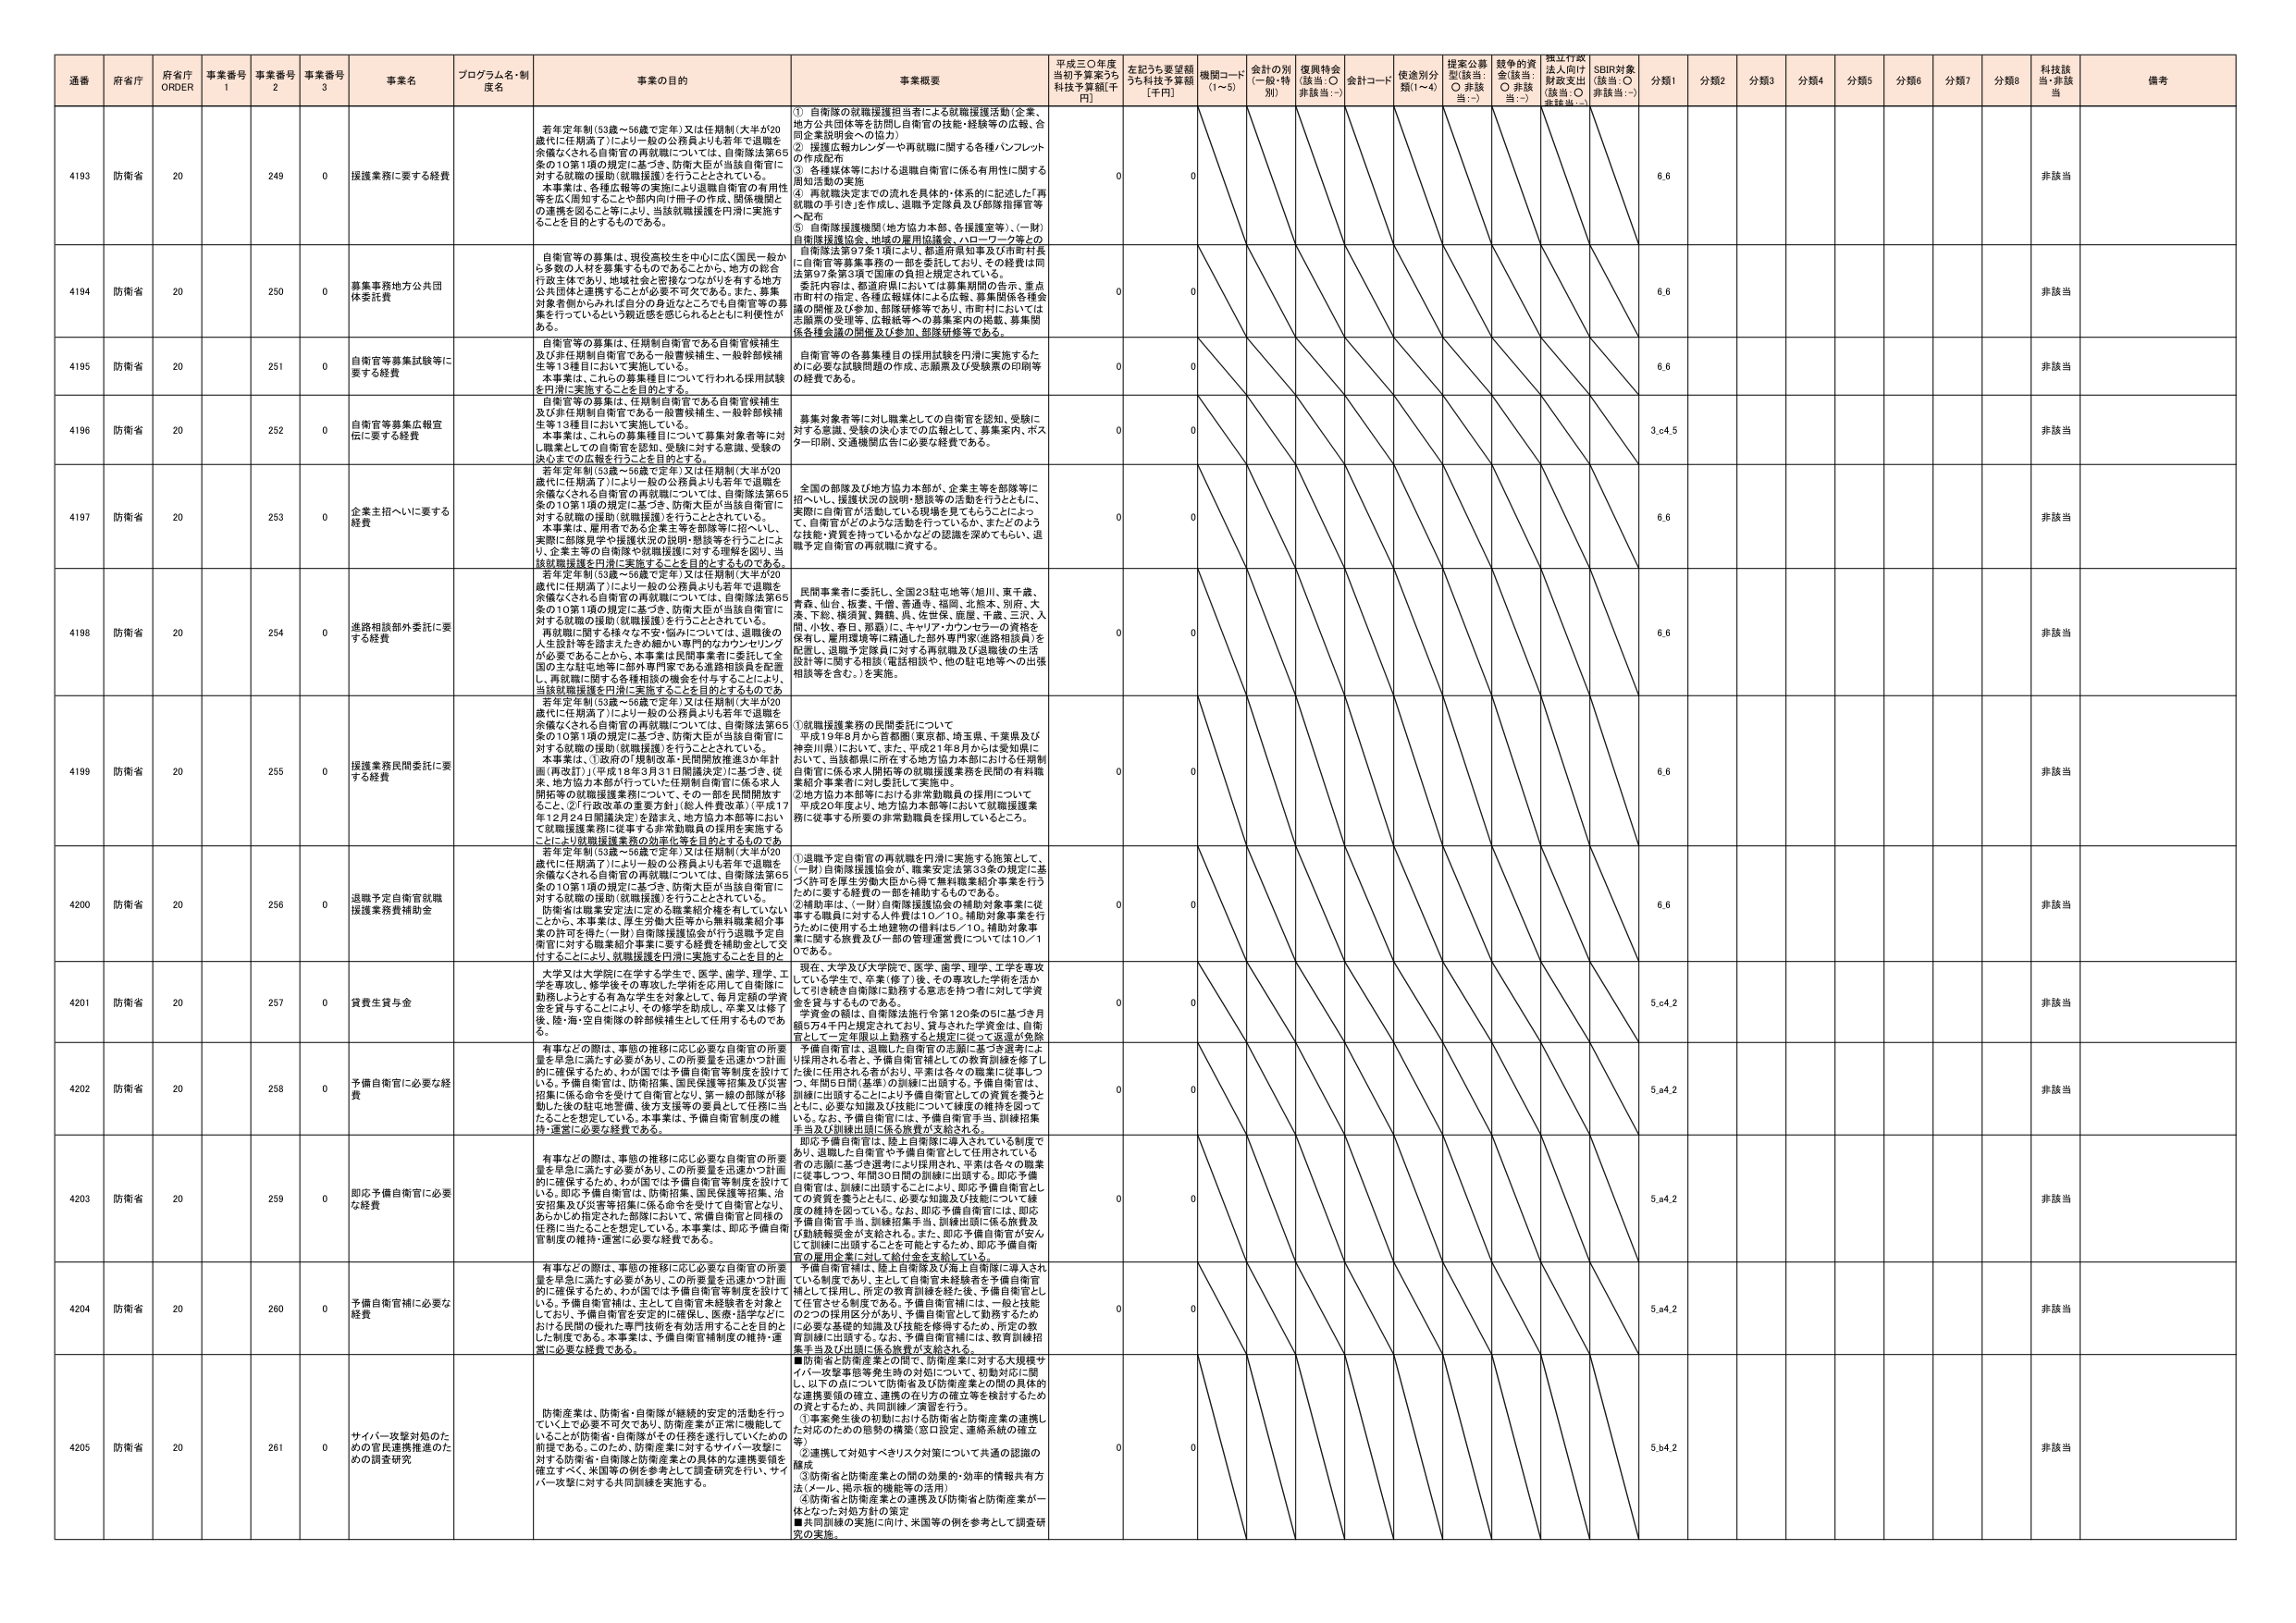
通番 府省庁 府省庁 ORDER 事業番号 1 事業番号 2 事業番号 3 事業名 プログラム名・制度名 事業の目的 事業概要 平成三〇年度当初予算案うち 科技予算額[千円] 左記うち要望額うち科技予算額[千円] 機関コード (1～5) 会計の別 (一般・特別) 復興特会 (該当：○ 非該当：-) 会計コード 使途別分類(1～4) 提案公募型(該当：○ 非該当：-) 競争的資金(該当：○ 非該当：-) 採択行政法入向け財政支出(該当：○ 非該当：-) SDBI対象(該当：○ 非該当：-) 分類1 分類2 分類3 分類4 分類5 分類6 分類7 分類8 科技該当 非該当 備考

4193 防衛省 20 249 0 採護業務に要する経費 若年定年制(53歳～56歳で定年)又は任期制(大半が20歳代に任期満了)により一般の公務員よりも若年で退職を余儀なくされる自衛官の再就職については、自衛隊法第65条の10第1項の規定に基づき、防衛大臣が当該自衛官に対する就職の援助(就職援護)を行うこととされている。本事業は、各種広報等の実施により退職自衛官の有用性等を広く周知することや部内向け冊子の作成、関係機関との連携を図ること等により、当該就職援護を円滑に実施することを目的とするものである。 ① 自衛隊の就職援護担当者による就職援護活動(企業、地方公共団体等を訪問し自衛官の技能・経験等の広報、合図企業説明会への協力) ② 深層広報カレンダー再就職に関する各種パンフレットの作成配布 ③ 各種媒体等における退職自衛官に係る有用性に関する周知活動の実施 ④ 再就職決定までの流れを具体的・体系的に記述した「再就職の手引き」を作成し、退職予定隊員及び部隊指導者等へ配布 ⑤ 自衛隊援護機関(地方協力本部、各援護室等)、(一財)自衛隊援護協会、地域の雇用協議会、ハローワーク等との自衛隊法第97条1項により、都道府県知事及び市町村長に自衛官募集業務の一部を委託しており、その経費は同法第97条第3項で国庫の負担と規定されている。委託内容は、都道府県においては募集期間の告示、重点市町村の指定、各種広報媒体による広報、募集関係各種会議の開催及び参加、部隊研修等であり、市町村においては志願票の受理等、広報紙等への募集案内の掲載、募集関係各種会議の開催及び参加、部隊研修等である。 0 0 6.6 非該当

4194 防衛省 20 250 0 募集事務地方公共団体委託費 自衛官等の募集は、現役高校生を中心に広く国民一般から多数の人材を募集するものであることから、地方の総合行政主体であり、地域社会と密接なつながりを有する地方公共団体と連携することが必要不可欠である。また、募集対象者側からみれば自分の身近なところでも自衛官等の募集を行っているという親近感を感じられるとともに利便性がある。 0 0 6.6 非該当

4195 防衛省 20 251 0 自衛官等募集試験等に要する経費 自衛官等の募集は、任期制自衛官である自衛官候補生及び非任期制自衛官である一般曹候補生、一般幹部候補生等13種目において実施している。本事業は、これらの募集種目について行われる採用試験を円滑に実施することを目的とする。 自衛官等の各募集種目の採用試験を円滑に実施するために必要な試験問題の作成、志願票及び受験票の印刷等の経費である。 0 0 6.6 非該当

4196 防衛省 20 252 0 自衛官等募集広報宣伝に要する経費 自衛官等の募集は、任期制自衛官である自衛官候補生及び非任期制自衛官である一般曹候補生、一般幹部候補生等13種目において実施している。本事業は、これらの募集種目について募集対象者等に対し職業としての自衛官を認知、受験に対する意思、受験の決心までの広報を行うことを目的とする。 募集対象者等に対し職業としての自衛官を認知、受験に対する意思、受験の決心までの広報として、募集案内、ポスター印刷、交通機関広告に必要な経費である。 0 0 3.64.5 非該当

4197 防衛省 20 253 0 企業主招へいに要する経費 若年定年制(53歳～56歳で定年)又は任期制(大半が20歳代に任期満了)により一般の公務員よりも若年で退職を余儀なくされる自衛官の再就職については、自衛隊法第65条の10第1項の規定に基づき、防衛大臣が当該自衛官に対する就職の援助(就職援護)を行うこととされている。本事業は、雇用者である企業主等を部隊等に招へいし、実際に部隊見学や援護状況の説明・懇談等を行うことにより、企業主等の自衛隊や就職援護に対する理解を図り、当該就職援護を円滑に実施することを目的とするものである。 全国の部隊及び地方協力本部が、企業主等を部隊等に招へいし、援護状況の説明・懇談等の活動を行うとともに、実際に自衛官が活動している現場を見てもらうことによって、自衛官がどのような活動を行っているか、またどのような技能・資質を持っているかなどの認識を深めてもらい、退職予定自衛官の再就職に資する。 0 0 6.6 非該当

4198 防衛省 20 254 0 進路相談外委託に要する経費 若年定年制(53歳～56歳で定年)又は任期制(大半が20歳代に任期満了)により一般の公務員よりも若年で退職を余儀なくされる自衛官の再就職については、自衛隊法第65条の10第1項の規定に基づき、防衛大臣が当該自衛官に対する就職の援助(就職援護)を行うこととされている。再就職に関する様々な不安・悩みについては、退職後の人生設計等を踏まえたきめ細かい専門的なカウンセリングが必要であることから、本事業は民間事業者に委託して全国の主な駐屯地等に部外専門家である進路相談員を配置し、再就職に関する各種相談の機会を付与することにより、当該就職援護を円滑に実施することを目的とするものである。 民間事業者に委託し、全国23駐屯地等(旭川、東千歳、青森、仙台、松本、千僧、普通寺、福岡、北熊本、別府、大湊、下総、横須賀、舞鶴、呉、佐世保、鹿屋、予備、三沢、入間、小牧、春日、那覇)に、キャリア・カウンセラーの資格を保有し、雇用援護等に精通した部外専門家(進路相談員)を配置し、退職予定隊員に対する再就職及び退職後の生活設計等に関する相談(電話相談や、他の駐屯地等への出張相談等を含む。)を実施。 0 0 6.6 非該当

4199 防衛省 20 255 0 援護業務民間委託に要する経費 若年定年制(53歳～56歳で定年)又は任期制(大半が20歳代に任期満了)により一般の公務員よりも若年で退職を余儀なくされる自衛官の再就職については、自衛隊法第65条の10第1項の規定に基づき、防衛大臣が当該自衛官に対する就職の援助(就職援護)を行うこととされている。本事業は、①政府の「規制改革・民間開放推進3か年計画(再改訂)」(平成18年3月31日閣議決定)に基づき、従来、地方協力本部が行っていた任期制自衛官に係る求人開拓等の就職援護業務について、その一部を民間開発すること。②「行政改革の重要方針」(総人件費改革)(平成17年12月24日閣議決定)を踏まえ、地方協力本部等において就職援護業務に従事する非常勤職員の採用を実施することにより就職援護業務の効率化等を目的とするものである。 ①就職援護業務の民間委託について 平成19年8月から首都圏(東京都、埼玉県、千葉県及び神奈川県)において、また、平成21年8月からは愛知県において、当該都県に所在する地方協力本部における任期制自衛官に係る求人開拓等の就職援護業務を民間の有料職業紹介事業者に外委託して実施中。 ②地方協力本部等における非常勤職員の採用について 平成20年度より、地方協力本部等において就職援護業務に従事する所属の非常勤職員を採用しているところ。 0 0 6.6 非該当

4200 防衛省 20 256 0 退職予定自衛官就職援護業務費補助金 若年定年制(53歳～56歳で定年)又は任期制(大半が20歳代に任期満了)により一般の公務員よりも若年で退職を余儀なくされる自衛官の再就職については、自衛隊法第65条の10第1項の規定に基づき、防衛大臣が当該自衛官に対する就職の援助(就職援護)を行うこととされている。防衛省は職業安定法に定める職業紹介機を経由していないことから、本事業は、厚生労働大臣等から無料職業紹介事業の許可を得た(一財)自衛隊援護協会が行う退職予定自衛官に対する職業紹介事業に要する経費を補助し、要して交付することにより、就職援護を円滑に実施することを目的とする。 ①退職予定自衛官の再就職を円滑に実施する施策として、(一財)自衛隊援護協会が、職業安定法第33条の規定に基づく許可を厚生労働大臣から得て無料職業紹介事業を行うために要する経費の一部を補助するものである。 2補助率は、(一財)自衛隊援護協会の補助対象事業に従事する職員に対する人件費は10／10、補助対象事業を行うために使用する土地建物の賃料は5／10、補助対象事業に関する旅費及び一部の管理運営費については10／1である。 0 0 6.6 非該当

4201 防衛省 20 257 0 資費生貸与金 大学又は大学院に在学する学生で、医学、歯学、理学、工学を専攻し、修学後の専攻した学科を応用して自衛隊に勤務しようとする有為な学生を対象として、毎月定額の学資金を貸与することにより、その修学を助成し、卒業又は修了後、陸・海・空自衛隊の幹部候補生として任用するものである。 現在、大学及び大学院で、医学、歯学、理学、工学を専攻している学生で、卒業(修了)後、その専攻した学科を活かして引き続き自衛隊に勤務する意志を持つ者に対して学資金を貸与するものである。 学資金の額は、自衛隊法施行令第120条の5に基づき月額5万4千円と規定されており、貸与された学資金は、自衛官として一定年限以上勤務すると規定に従って返還が免除。 0 0 5.64.2 非該当

4202 防衛省 20 258 0 予備自衛官に必要な経費 有事などの際は、事態の推移に応じ必要な自衛官の所要量を早急に満たす必要があり、この所要量を迅速かつ計画的に確保するため、わが国では予備自衛官等制度を設けて いる。予備自衛官は、防衛招集、国民保護等招集及び災害招集に係る命令を受けて自衛官となり、第一線の部隊が移動した後の駐屯地警備、後方支援等の要員として任務に当たることを想定している。本事業は、予備自衛官制度の維持・運営に必要な経費である。 予備自衛官は、退職した自衛官の志願に基づき選考により採用される者と、予備自衛官補としての教育訓練を修了した後に任用される者がおり、平素は各々の職業に従事しつつ、年間5日間(基準)の訓練に出席する。予備自衛官は、訓練に出席することにより予備自衛官としての資質を養うとともに、必要な知識及び技能について頻度の維持を図っている。なお、予備自衛官は、予備自衛官当、訓練出頭に係る旅費及び勤続緊突金が支給される。 0 0 5.64.2 非該当

4203 防衛省 20 259 0 即応予備自衛官に必要な経費 有事などの際は、事態の推移に応じ必要な自衛官の所要量を早急に満たす必要があり、この所要量を迅速かつ計画的に確保するため、わが国では予備自衛官等制度を設けて いる。即応予備自衛官は、防衛招集、国民保護等招集、治安招集及び災害等招集に係る命令を受けて自衛官となり、あらかじめ指定された部隊において、常備自衛官と同様の任務に当たることを想定している。本事業は、即応予備自衛官制度の維持・運営に必要な経費である。 即応予備自衛官は、陸上自衛隊に導入されている制度であり、退職した自衛官や予備自衛官として任用されている者の志願に基づき選考により採用され、平素は各々の職業に従事しつつ、年間30日間の訓練に出席する。即応予備自衛官は、訓練に出席することにより、即応予備自衛官としての資質を養うとともに、必要な知識及び技能について頻度の維持を図っている。なお、即応予備自衛官には、即応予備自衛官手当、訓練集手当、訓練出頭に係る旅費及び勤続緊突金が支給される。また、即応予備自衛官が安心して訓練に出席することを可能とするため、即応予備自衛官の雇用を業に就く給付金を支給している。 0 0 5.64.2 非該当

4204 防衛省 20 260 0 予備自衛官補に必要な経費 有事などの際は、事態の推移に応じ必要な自衛官の所要量を早急に満たす必要があり、この所要量を迅速かつ計画的に確保するため、わが国では予備自衛官等制度を設けて いる。予備自衛官補は、主として自衛官未経験者を対象としており、予備自衛官を安定的に確保し、医療・語学などにおける民間の優れた専門技術を有効活用することを目的とした制度である。本事業は、予備自衛官補制度の維持・運営に必要な経費である。 予備自衛官補は、陸上自衛隊及び海上自衛隊に導入されている制度であり、主として自衛官未経験者を予備自衛官補として採用し、所定の教育訓練を終了後、予備自衛官として任官させる制度である。予備自衛官補には、一般と技能の2つの採用区分があり、予備自衛官として勤務するために必要な基礎的知識及び技能を修得するため、所定の教育訓練に出席する。なお、予備自衛官補には、教育訓練招集手当及び出頭に係る旅費が支給される。 0 0 5.64.2 非該当

4205 防衛省 20 261 0 サイバー攻撃対処のための官民連携推進のための調査研究 防衛産業は、防衛省・自衛隊が継続的安定的活動を行っている上で必要不可欠であり、防衛産業が正常に機能していることが防衛省・自衛隊がその任務を遂行していくための前提である。このため、防衛産業に対するサイバー攻撃に対する防衛省・自衛隊と防衛産業との具体的な連携を確立するべく、米国等の例を参考として調査研究を行い、サイバー攻撃に対する共同訓練を実施する。 ■防衛省と防衛産業との間で、防衛産業に対する大規模サイバー攻撃等発生時の対処について、初動対応に際し、以下の点について防衛省及び防衛産業との間の具体的な連携要領の確立、連携の在り方の確立等を検討するための資料とするため、共同訓練／演習を行う。 ①事業発生後の初動における防衛省と防衛産業の連携した対応のための態勢の構築(窓口設定、連絡系統の確立等) ②連携して対処すべきリスク対策について共通の認識の醸成 ③防衛省と防衛産業との間の効果的・効率的情報共有方法(メール、掲示板的機能等の活用) ④防衛省と防衛産業との連携及び防衛省と防衛産業が一体となった対処方針の策定 ■共同訓練の実施に向け、米国等の例を参考として調査研究の実施。 0 0 5.64.2 非該当